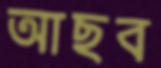
আছব